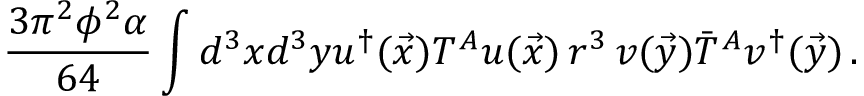
\frac { 3 \pi ^ { 2 } \phi ^ { 2 } \alpha } { 6 4 } \int d ^ { 3 } x d ^ { 3 } y u ^ { \dagger } ( \vec { x } ) T ^ { A } u ( \vec { x } ) \, r ^ { 3 } \, v ( \vec { y } ) \bar { T } ^ { A } v ^ { \dagger } ( \vec { y } ) \, .